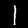
Digit: 1